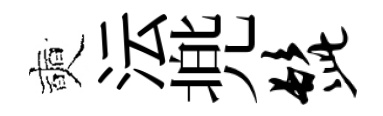
奭沄兠髭